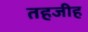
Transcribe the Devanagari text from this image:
तहजीह